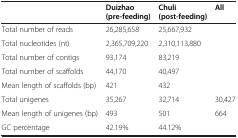
|  | Duizhao (pre-feeding) | Chuli (post-feeding) | All |
 | --- | --- | --- | --- |
 | Total number of reads | 26,285,658 | 25,667,932 |  |
 | Total nucleotides (nt) | 2,365,709,220 | 2,310,113,880 |  |
 | Total number of contigs | 93,174 | 83,219 |  |
 | Total number of scaffolds | 44,170 | 40,497 |  |
 | Mean length of scaffolds (bp) | 421 | 432 |  |
 | Total unigenes | 35,267 | 32,714 | 30,427 |
 | Mean length of unigenes (bp) | 493 | 501 | 664 |
 | GC percentage | 42.19% | 44.12% |  |